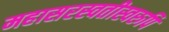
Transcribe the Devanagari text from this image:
महासरस्वतीस्वरुपि